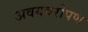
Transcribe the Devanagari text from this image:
अवयवरोपण